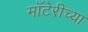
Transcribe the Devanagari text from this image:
माँटेरीच्या